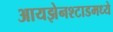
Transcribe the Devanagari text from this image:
आयझेनश्टाडमध्ये